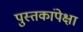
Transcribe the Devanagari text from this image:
पुस्तकांपेक्षा